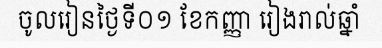
ចូលរៀនថ្ងៃទី០១ ខែកញ្ញា រៀងរាល់ឆ្នាំ